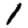
Digit: 1